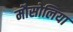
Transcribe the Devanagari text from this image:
मौसोलिया